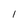
Character: l